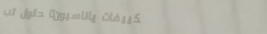
تكييفات پاناسيون: حلول تب